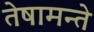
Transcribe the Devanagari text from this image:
तेषामन्ते